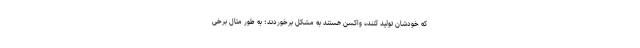
که خودشان تولید کننده واکسن هستند به مشکل برخوردند؛ به طور مثال برخی